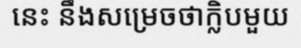
នេះ នឹងសម្រេចថាក្លិបមួយ